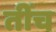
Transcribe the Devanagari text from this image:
तींच